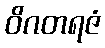
ဝိဂတရဇံ